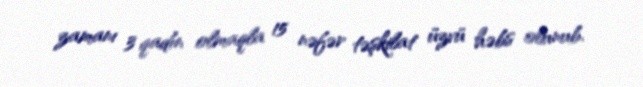
zamanı 3 qadın olmaqla 15 nəfər təşkilat üzvü həbs olunub.